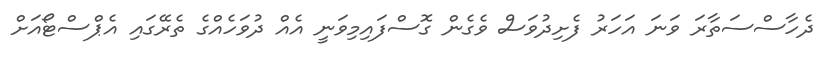
ދެހާސްސަތާރަ ވަނަ އަހަރު ފެށިދުވަސް ވެގެން ގޮސްފައިމިވަނީ އެއް ދުވަހެެއްގެ ތެރޭގައި އެޕްސްޓޯއަށް